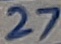
Text: 27